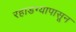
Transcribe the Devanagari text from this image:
रहाडग्यापासून